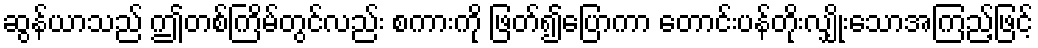
ဆွန်ယာသည် ဤတစ်ကြိမ်တွင်လည်း စကားကို ဖြတ်၍ပြောကာ တောင်းပန်တိုးလျှိုးသောအကြည့်ဖြင့်